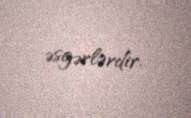
əsgərlərdir.